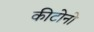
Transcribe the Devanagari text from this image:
कीटोनो